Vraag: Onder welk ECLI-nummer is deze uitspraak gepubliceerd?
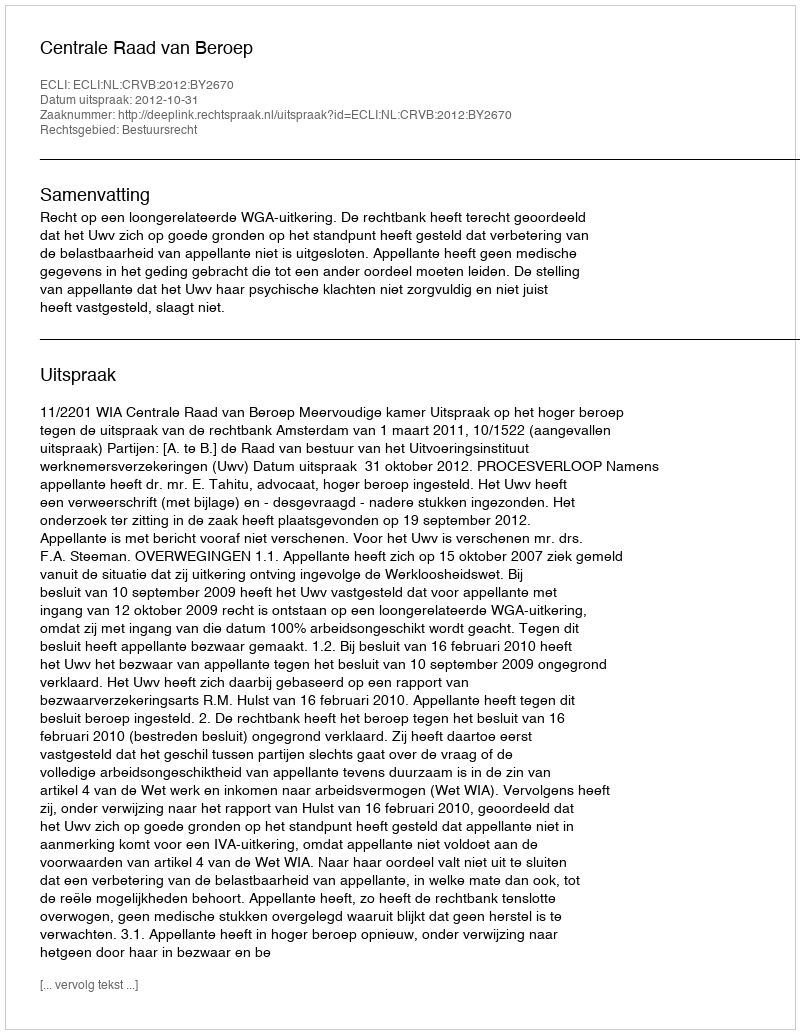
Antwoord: ECLI:NL:CRVB:2012:BY2670